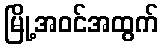
မြို့အဝင်အထွက်